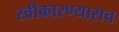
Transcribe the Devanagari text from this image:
स्वीकारण्यासच